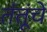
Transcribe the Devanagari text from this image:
तंतूंचे